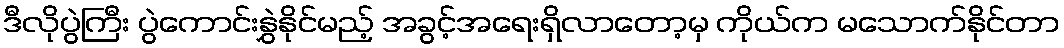
ဒီလိုပွဲကြီး ပွဲကောင်းနွှဲနိုင်မည့် အခွင့်အရေးရှိလာတော့မှ ကိုယ်က မသောက်နိုင်တာ